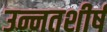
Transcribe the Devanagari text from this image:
उन्नतशीर्ष